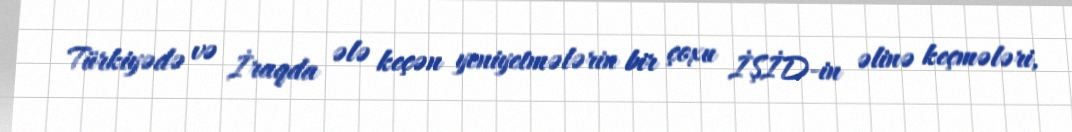
Türkiyədə və İraqda ələ keçən yeniyetmələrin bir çoxu İŞİD-in əlinə keçmələri,